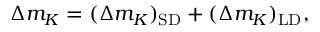
\Delta m _ { K } = ( \Delta m _ { K } ) _ { \mathrm { S D } } + ( \Delta m _ { K } ) _ { \mathrm { L D } } ,